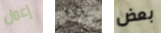
إعمل علاوة بعض